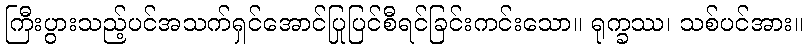
ကြီးပွားသည့်ပင်အသက်ရှင်အောင်ပြုပြင်စီရင်ခြင်းကင်းသော။ ရုက္ခဿ၊ သစ်ပင်အား။